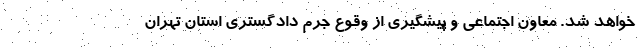
خواهد شد. معاون اجتماعی و پیشگیری از وقوع جرم دادگستری استان تهران